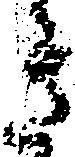
き